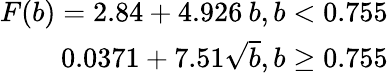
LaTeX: \begin{array}{r}{F(b)=2.84+4.926\: b,b<0.755}\\ {0.0371+7.51\sqrt{b},b\ge 0.755}\end{array}